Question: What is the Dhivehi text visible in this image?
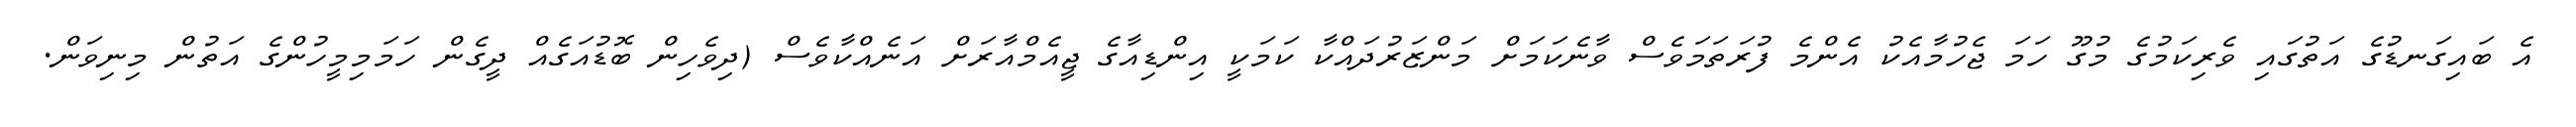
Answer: އެ ބައިގަނޑުގެ އަތުގައި ވެރިކަމުގެ މުގޫ ހަމަ ޖެހުމާއެކު އެންމެ ފުރަތަމަވެސް ވާނެކަމަށް މަންޒަރުދައްކާ ކަމަކީ އިންޑިއާގެ ޖީއެމްއާރަށް އަނެއްކާވެސް (ދިވެހިން ބޮޑުއަގެއް ދީގެން ހަމަމިމީހުންގެ އަތުން މިނިވަން.